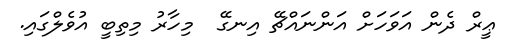
ޢީރް ދެން އަވަހަށް އަންނައްޗޭ އިނގޭ  މިހާރު މިތިބީ އުވެލްގައި.